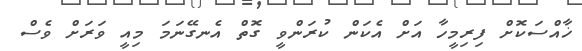
ޚާއްސަކޮށް ފިރިމީހާ އަށް އެކަން ކުރަންވީ ގޮތް އެނގޭނަމަ މިއީ ވަރަށް ވެސް